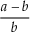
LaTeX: { \frac { a - b } { b } } \,